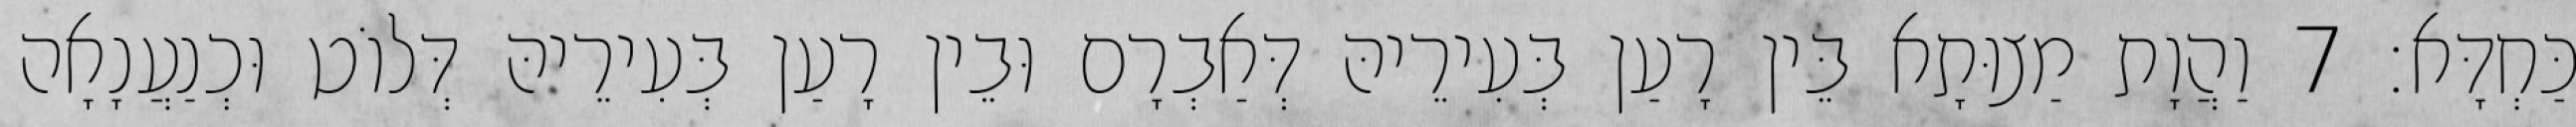
כַּחְדָּא׃ 7 וַהֲוָת מַצוּתָא בֵּין רָעַן בְּעִירֵיהּ דְּאַבְרָם וּבֵין רָעַן בְּעִירֵיהּ דְּלוֹט וּכְנַעֲנָאָה